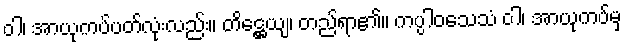
ဝါ၊ အာယုကပ်ပတ်လုံးလည်း။ တိဋ္ဌေယျ၊ တည်ရာ၏။ ကပ္ပါဝသေသံ ဝါ၊ အာယုကပ်မှ